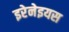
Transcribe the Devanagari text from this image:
इरेनेइयस